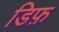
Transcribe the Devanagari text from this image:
डिफ़